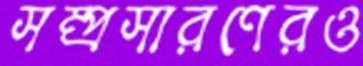
সম্প্রসারণেরও